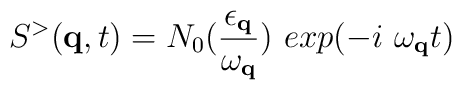
S^{>}({\bf{q}},t) = N_{0}(\frac{ \epsilon_{ {\bf{q}} } }{\omega_{ {\bf{q}} } }) \mbox{ }exp(-i \mbox{ }\omega_{ {\bf{q}} }t)